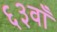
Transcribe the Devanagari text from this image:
६३वाँ